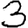
Digit: 3